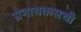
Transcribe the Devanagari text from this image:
ग्रेनायकसची